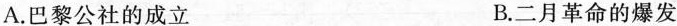
A.巴黎公社的成立 B.二月革命的爆发